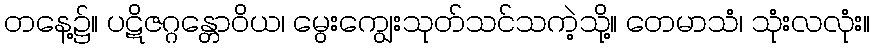
တနေ့၌။ ပဋိဇဂ္ဂန္တောဝိယ၊ မွေးကျွေးသုတ်သင်သကဲ့သို့။ တေမာသံ၊ သုံးလလုံး။